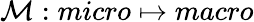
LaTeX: \mathcal{M}:micro\mapsto macro